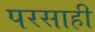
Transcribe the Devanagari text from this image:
परसाही